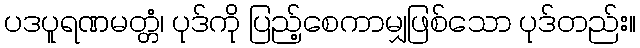
ပဒပူရဏမတ္တံ၊ ပုဒ်ကို ပြည့်စေကာမျှဖြစ်သော ပုဒ်တည်း။